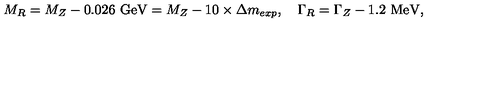
M _ { R } = M _ { Z } - 0 . 0 2 6 \ \mathrm { G e V } = M _ { Z } - 1 0 \times \Delta m _ { e x p } , \quad \Gamma _ { R } = \Gamma _ { Z } - 1 . 2 \ \mathrm { M e V } ,